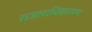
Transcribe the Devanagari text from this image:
राजाराधिकारमण